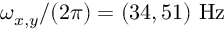
\omega _ { x , y } / ( 2 \pi ) = ( 3 4 , 5 1 ) \ \mathrm { H z }